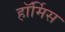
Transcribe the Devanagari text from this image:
हॉर्मिस